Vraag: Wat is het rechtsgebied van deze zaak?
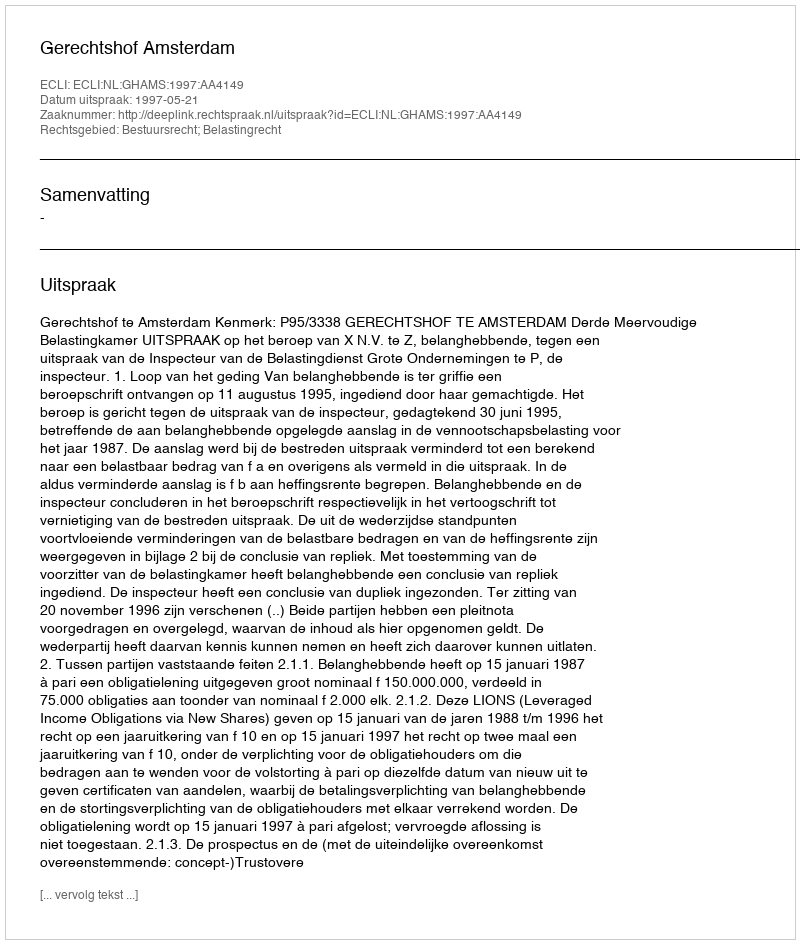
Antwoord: Bestuursrecht; Belastingrecht